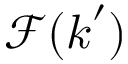
\mathcal { F } ( \boldsymbol { k } ^ { \prime } )